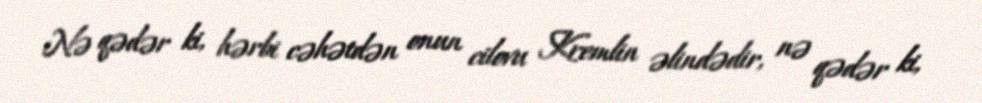
Nə qədər ki, hərbi cəhətdən onun cilovu Kremlin əlindədir, nə qədər ki,